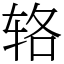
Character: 辂